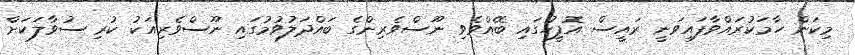
މިކަން ހާމަކުރައްވާފައިވަނީ ރައީސް އޮފީހުގައި ބޭއްވެވި ނޫސްވެރިންގެ ބައްދަލުވުމުގައި ނޫސްވެރިއަކު ކުރި ސުވާލަކަށް